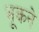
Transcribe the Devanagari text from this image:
भूकने